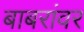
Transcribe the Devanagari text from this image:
बाबरांवर